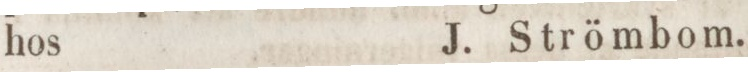
hos    J. Strömbom.